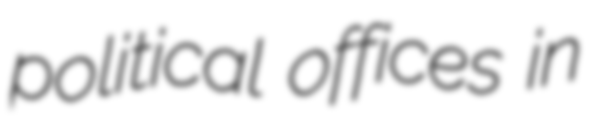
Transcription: political offices in